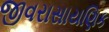
જીવરાસાયણિક